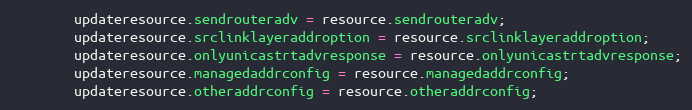
Language: Java
		updateresource.sendrouteradv = resource.sendrouteradv;
		updateresource.srclinklayeraddroption = resource.srclinklayeraddroption;
		updateresource.onlyunicastrtadvresponse = resource.onlyunicastrtadvresponse;
		updateresource.managedaddrconfig = resource.managedaddrconfig;
		updateresource.otheraddrconfig = resource.otheraddrconfig;